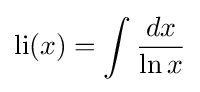
\mathrm {li} (x)=\int {\frac {dx}{\ln x}}